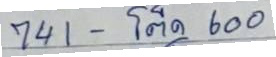
741 - โต๊ด 600